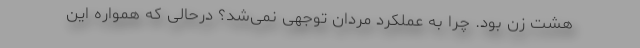
هشت زن بود. چرا به عملکرد مردان توجهی نمی‌شد؟ درحالی که همواره این